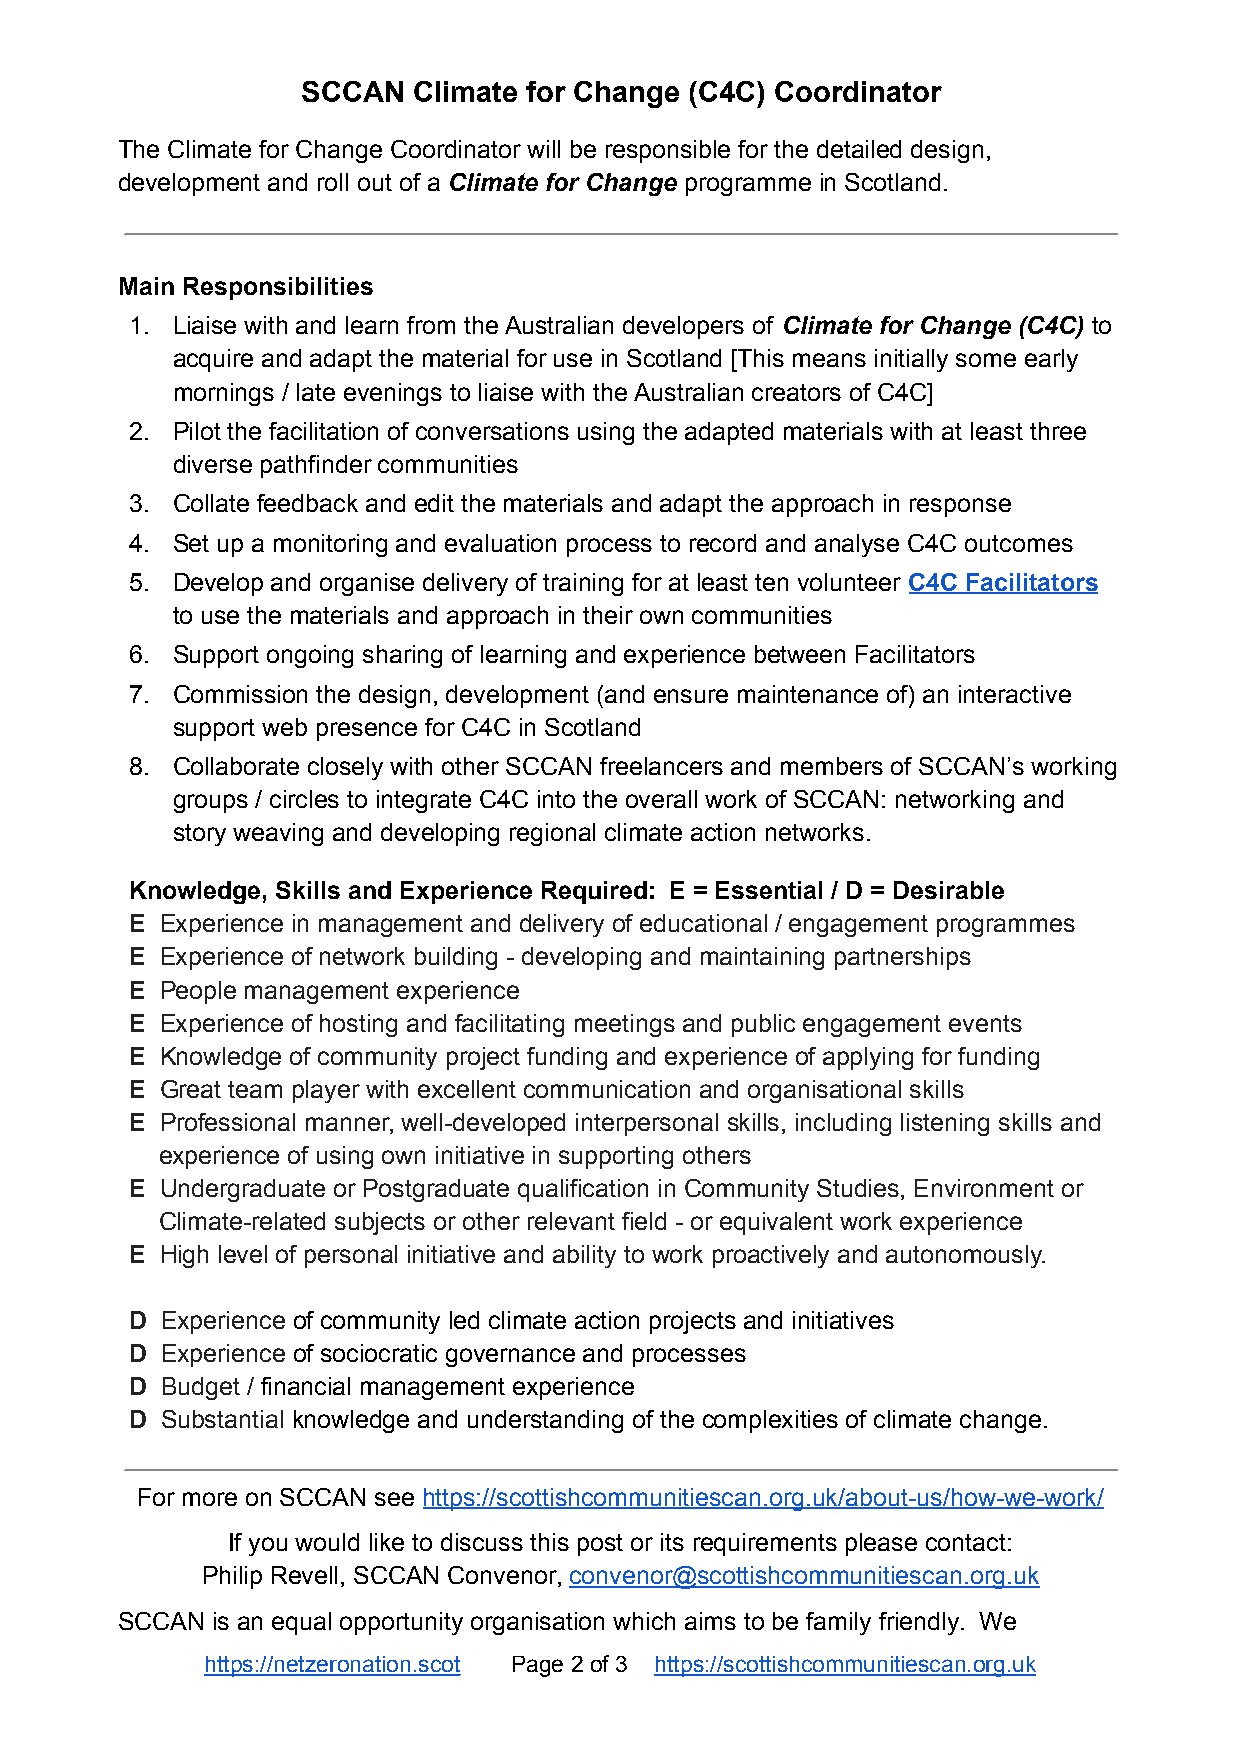
SCCAN  Climate for Change (C4C) Coordinator
 The Climate for Change Coordinator will be responsible for the detailed design,
 development and roll out of a Climate for Change programme in Scotland.
 Main Responsibilities
 1. Liaise with and learn from the Australian developers of Climate for Change (C4C) to
 acquire and adapt the material for use in Scotland [This means initially some early
 mornings / late evenings to liaise with the Australian creators of C4C]
 2. Pilot the facilitation of conversations using the adapted materials with at least three
 diverse pathfinder communities
 3. Collate feedback and edit the materials and adapt the approach in response
 4. Set up a monitoring and evaluation process to record and analyse C4C outcomes
 5. Develop and organise delivery of training for at least ten volunteer C4C Facilitators
 to use the materials and approach in their own communities
 6. Support ongoing sharing of learning and experience between Facilitators
 7. Commission the design, development (and ensure maintenance of) an interactive
 support web presence for C4C in Scotland
 8. Collaborate closely with other SCCAN freelancers and members of SCCAN’s working
 groups / circles to integrate C4C into the overall work of SCCAN: networking and
 story weaving and developing regional climate action networks.
 Knowledge, Skills and Experience Required: E = Essential / D = Desirable
 E Experience in management and delivery of educational / engagement programmes
 E Experience of network building - developing and maintaining partnerships
 E People management experience
 E Experience of hosting and facilitating meetings and public engagement events
 E Knowledge of community project funding and experience of applying for funding
 E Great team player with excellent communication and organisational skills
 E Professional manner, well-developed interpersonal skills, including listening skills and
 experience of using own initiative in supporting others
 E Undergraduate or Postgraduate qualification in Community Studies, Environment or
 Climate-related subjects or other relevant field - or equivalent work experience
 E High level of personal initiative and ability to work proactively and autonomously.
 D Experience of community led climate action projects and initiatives
 D Experience of sociocratic governance and processes
 D Budget / financial management experience
 D Substantial knowledge and understanding of the complexities of climate change.
 For more on SCCAN see https://scottishcommunitiescan.org.uk/about-us/how-we-work/
 If you would like to discuss this post or its requirements please contact:
 Philip Revell, SCCAN Convenor, convenor@scottishcommunitiescan.org.uk
 SCCAN is an equal opportunity organisation which aims to be family friendly. We
 https://netzeronation.scot Page 2 of 3 https://scottishcommunitiescan.org.uk